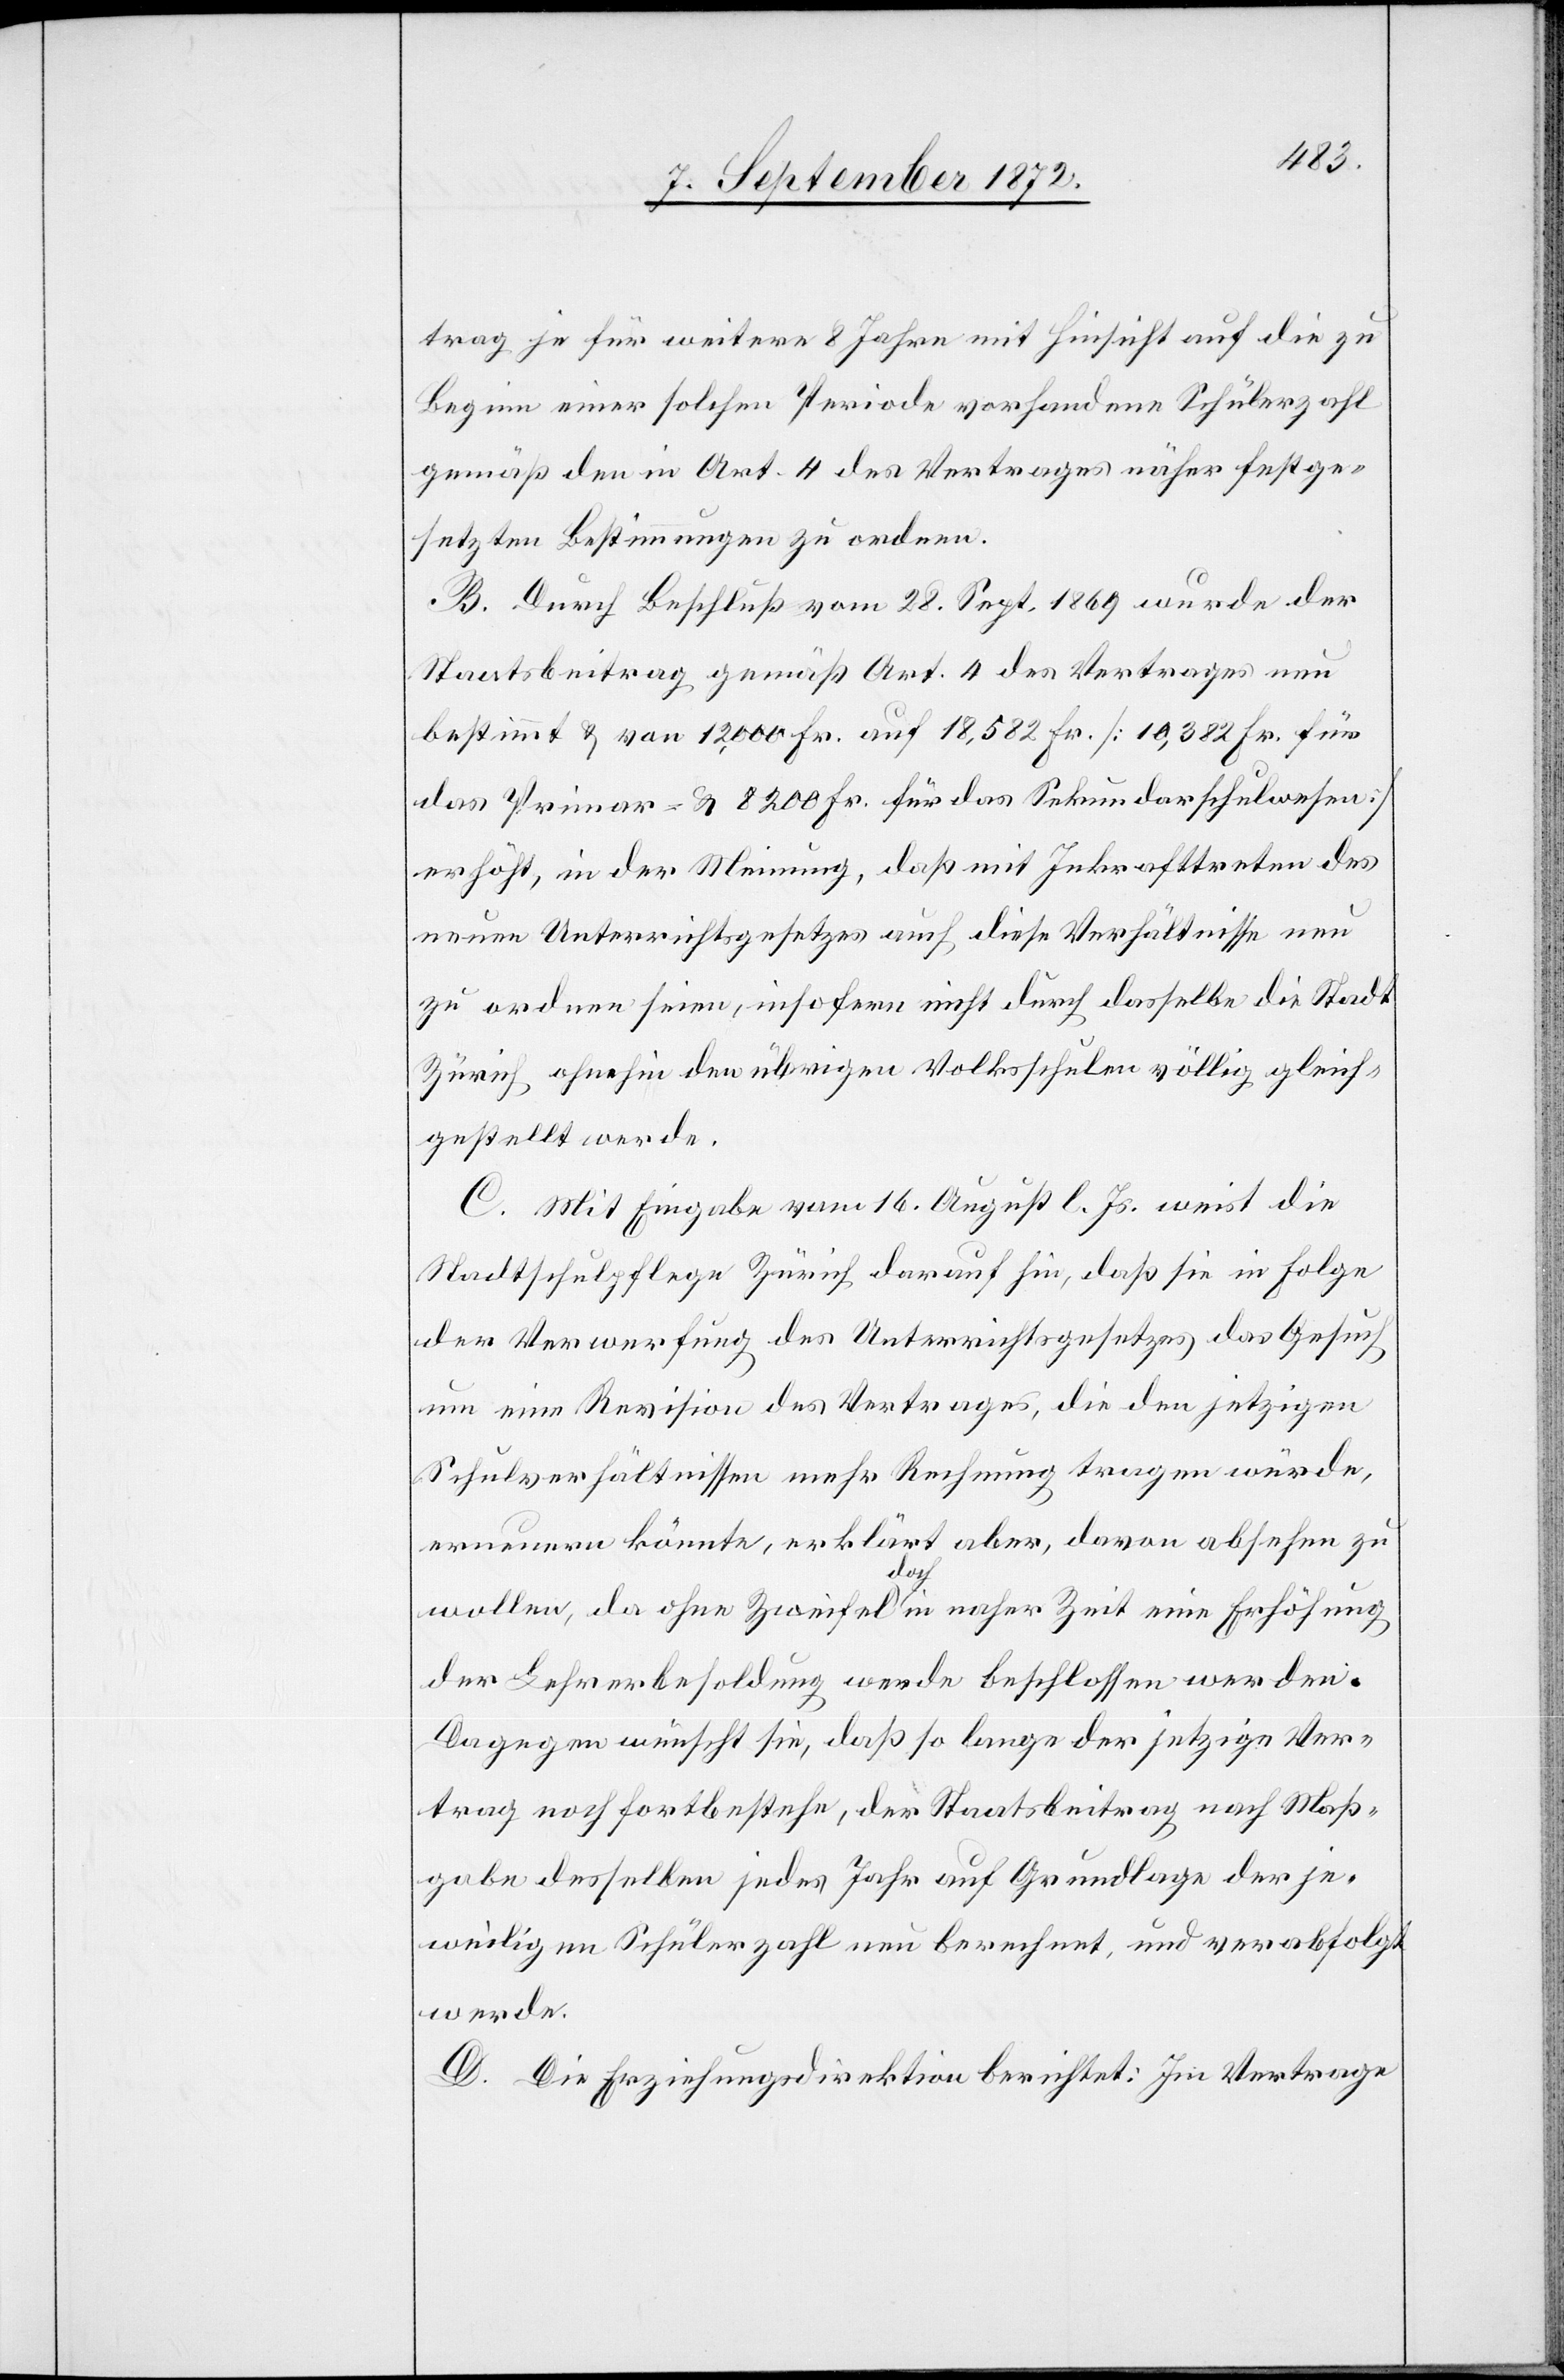
trag je für weitere 8 Jahre mit Hinsicht auf die zu
Beginn einer solchen Periode vorhandene Schülerzahl
gemäß den in Art 4 des Vertrages näher festge¬
setzten Bestimmungen zu ordnen.
B. Durch Beschluß vom 28. Sept. 1869 wurde der
Staatsbeitrag gemäß Art. 4 des Vertrages neu
bestimmt u. von 12,000 Fr. auf 18,582 Fr. [10,382 Fr. für
das Primar- u. 8200 Fr. für das Sekundarschulwesen]
erhöht, in der Meinung, daß mit Inkrafttreten des
neuen Unterrichtsgesetzes auch diese Verhältnisse neu
zu ordnen seien, insofern nicht durch dasselbe die Stadt
Zürich ohnehin den übrigen Volksschulen völlig gleich¬
gestellt werde.
C. Mit Eingabe vom 16. August l. Js. weist die
Stadtschulpflege Zürich darauf hin, daß sie in Folge
der Verwerfung des Unterrichtsgesetzes das Gesuch
um eine Revision des Vertrages, die den jetzigen
Schulverhältnissen mehr Rechnung tragen würde,
erneuern könnte, erklärt aber, davon absehen zu
wollen, da ohne Zweifel doch in naher Zeit eine Erhöhung
der Lehrerbesoldung werde beschlossen werde.
Dagegen wünscht sie, daß so lange der jetzige Ver¬
trag noch fortbestehe, der Staatsbeitrag nach Maß¬
gabe desselben jedes Jahr auf Grundlage der je¬
weiligen Schülerzahl neu berechnet, und verabfolgt
werde.
D. Die Erziehungsdirektion berichtet: Im Vertrage